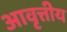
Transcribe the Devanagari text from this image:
आवृत्तीय